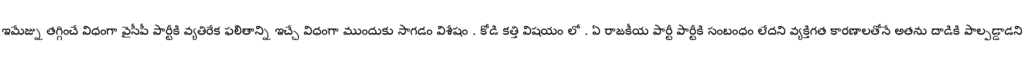
ఇమేజ్ను తగ్గించే విధంగా వైసీపీ పార్టీకి వ్యతిరేక ఫలితాన్ని ఇచ్చే విధంగా ముందుకు సాగడం విశేషం . కోడి కత్తి విషయం లో . ఏ రాజకీయ పార్టీ పార్టీకి సంబంధం లేదని వ్యక్తిగత కారణాలతోనే అతను దాడికి పాల్పడ్డాడని